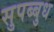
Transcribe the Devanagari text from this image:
सुपब्बुध